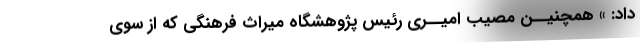
داد: » همچنیــن مصیب امیــری رئیس پژوهشگاه میراث فرهنگی که از سوی